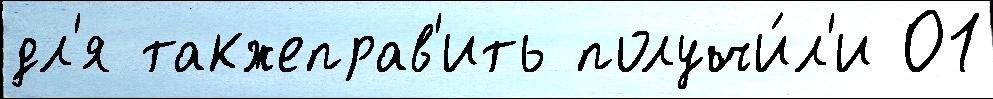
дл'я такжеправ'ить получи́л'и 01